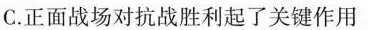
C.正面战场对抗战胜利起了关键作用